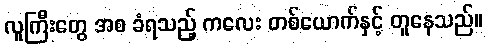
လူကြီးတွေ အစ ခံရသည့် ကလေး တစ်ယောက်နှင့် တူနေသည်။